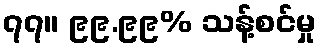
၇၇။ ၉၉.၉၉% သန့်စင်မှု